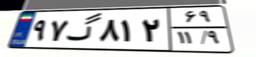
۹۷گ۸۱۲۶۹